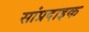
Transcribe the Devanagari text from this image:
सांप्रदाइक